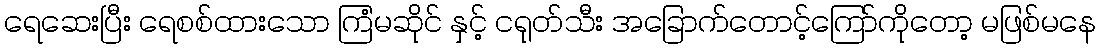
ရေဆေးပြီး ရေစစ်ထားသော ကြံမဆိုင် နှင့် ငရုတ်သီး အခြောက်တောင့်ကြော်ကိုတော့ မဖြစ်မနေ